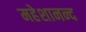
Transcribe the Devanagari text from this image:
महेशानन्द